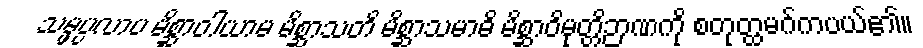
သမ္ဖပ္ပလာပ မိစ္ဆာဝါယာမ မိစ္ဆာသတိ မိစ္ဆာသမာဓိ မိစ္ဆာဝိမုတ္တိဉာဏကို စတုတ္ထမဂ်ကပယ်၏။